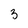
Character: 3